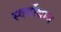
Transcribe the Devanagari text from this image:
स्वर्गोद्यान